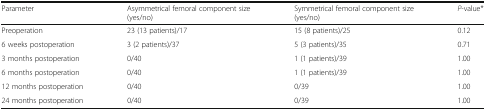
| Parameter | Asymmetrical femoral component size(yes/no) | Symmetrical femoral component size(yes/no) | P-value* |
 | --- | --- | --- | --- |
 | Preoperation | 23 (13 patients)/17 | 15 (8 patients)/25 | 0.12 |
 | 6 weeks postoperation | 3 (2 patients)/37 | 5 (3 patients)/35 | 0.71 |
 | 3 months postoperation | 0/40 | 1 (1 patients)/39 | 1.00 |
 | 6 months postoperation | 0/40 | 1 (1 patients)/39 | 1.00 |
 | 12 months postoperation | 0/40 | 0/39 | 1.00 |
 | 24 months postoperation | 0/40 | 0/39 | 1.00 |